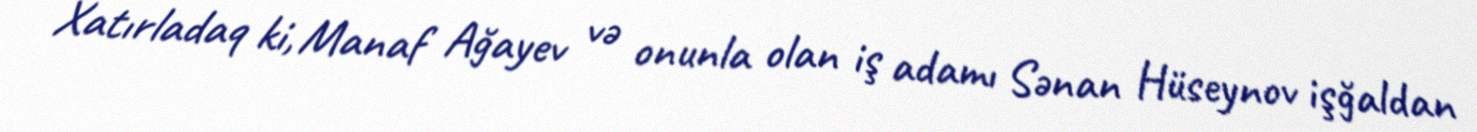
Xatırladaq ki, Manaf Ağayev və onunla olan iş adamı Sənan Hüseynov işğaldan